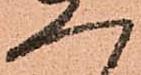
へ